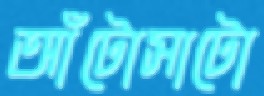
আঁটোসাটো